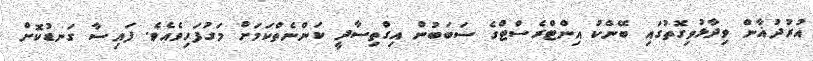
އުރުދުޣާން ވިދާޅުވިގޮތުގައި ބޭންކު އިންޓްރެސްޓްގެ ސަބަބުން އިގްތިސާދީ ކަންނެތްކަމަށް މަގުފަހިވެއެވެ. ފައިސާ ގަނޑުކޮށް